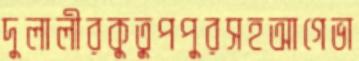
দুলালীরকুতুপপুরসহআগেভা